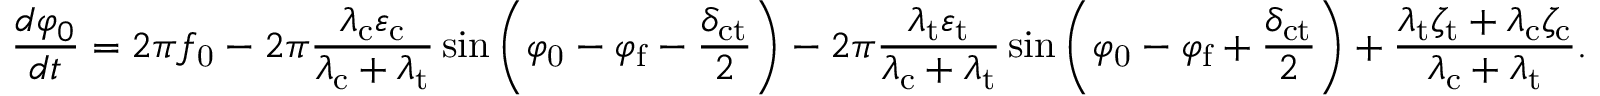
\frac { d \varphi _ { 0 } } { d t } = 2 \pi f _ { \mathrm { 0 } } - 2 \pi \frac { \lambda _ { \mathrm { c } } \varepsilon _ { \mathrm { c } } } { \lambda _ { \mathrm { c } } + \lambda _ { \mathrm { t } } } \sin \left( \varphi _ { \mathrm { 0 } } - \varphi _ { \mathrm { f } } - \frac { \delta _ { \mathrm { c t } } } { 2 } \right) - 2 \pi \frac { \lambda _ { \mathrm { t } } \varepsilon _ { \mathrm { t } } } { \lambda _ { \mathrm { c } } + \lambda _ { \mathrm { t } } } \sin \left( \varphi _ { \mathrm { 0 } } - \varphi _ { \mathrm { f } } + \frac { \delta _ { \mathrm { c t } } } { 2 } \right) + \frac { \lambda _ { \mathrm { t } } \zeta _ { \mathrm { t } } + \lambda _ { \mathrm { c } } \zeta _ { \mathrm { c } } } { \lambda _ { \mathrm { c } } + \lambda _ { \mathrm { t } } } .